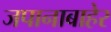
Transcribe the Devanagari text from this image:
जपानाबाहेर